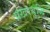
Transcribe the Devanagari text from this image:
प्रखरबुद्धि